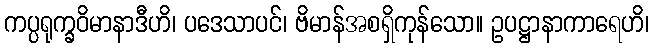
ကပ္ပရုက္ခဝိမာနာဒီဟိ၊ ပဒေသာပင်၊ ဗိမာန်အစရှိကုန်သော။ ဥပဋ္ဌာနာကာရေဟိ၊